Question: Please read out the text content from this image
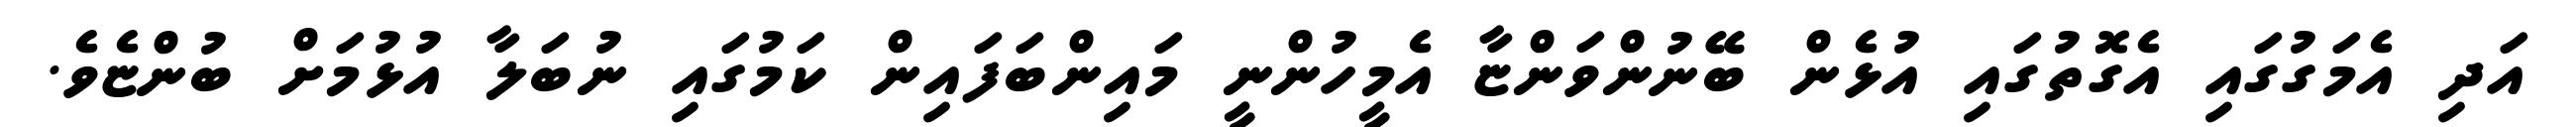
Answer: އަދި އެމަގުގައި އެގޮތުގައި އުޅެން ބޭނުންވަންޏާ އެމީހުންނީ މައިންބަފައިން ކަމުގައި ނުބަލާ އުޅުމަށް ބުންޏެވެ.